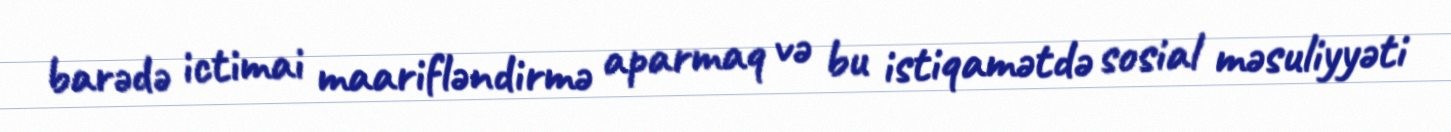
barədə ictimai maarifləndirmə aparmaq və bu istiqamətdə sosial məsuliyyəti